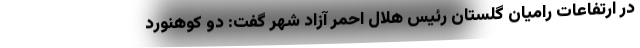
در ارتفاعات رامیان گلستان رئیس هلال احمر آزاد شهر گفت: دو کوهنورد